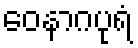
ဝေနာဂပုရံ